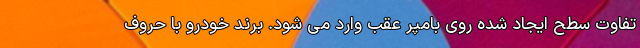
تفاوت سطح ایجاد شده روی بامپر عقب وارد می شود. برند خودرو با حروف